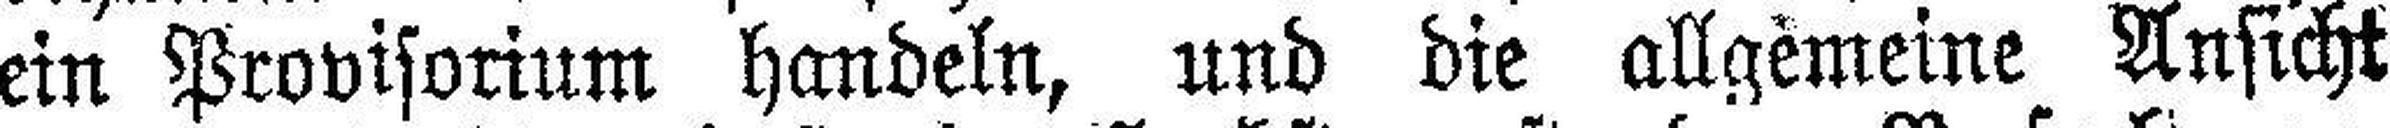
ein Provisorium handeln, und die allgemeine Ansicht